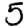
Digit: 5